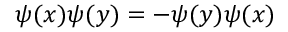
\psi ( x ) \psi ( y ) = - \psi ( y ) \psi ( x )